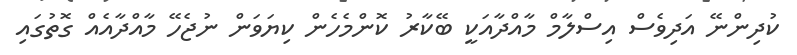
ކުދިންނޭ އަދިވެސް އިސްލާމް މާއްދާއަކީ ބޭކާރު ކޮންމެހެން ކިޔަވަން ނުޖެހޭ މާއްދާއެއް ގޮތުގައި